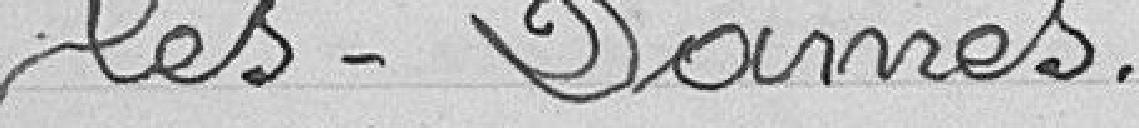
les-Dames